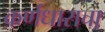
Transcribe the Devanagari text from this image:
कर्णधाराचा